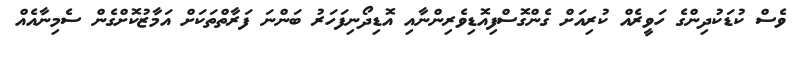
ވެސް ކުޑަކުދިންގެ ހަވީރެއް ކުރިއަށް ގެންގޮސްފިއޮޑިވެރިންނާއި އޮޑިދޯނިފަހަރު ބަންނަ ފަރާތްތަކަށް އަމާޒުކޮށްގެން ސެމިނާއެއް